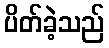
ပိတ်ခဲ့သည်